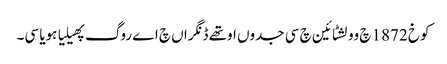
کوخ 1872 چ وولشٹائین چ سی جدوں اوتھے ڈنگراں چ اے روگ پھیلیا ہویا سی۔